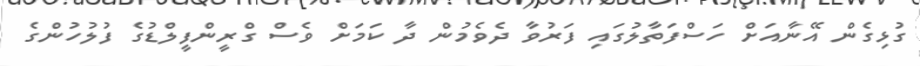
ގުޅިގެން އޭނާއަށް ހަސްފަތާލުގައި ފަރުވާ ދެވެމުން ދާ ކަމަށް ވެސް ގްރީންފީލްޑުގެ ފުލުހުންގެ